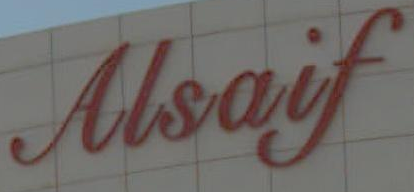
Alsaif